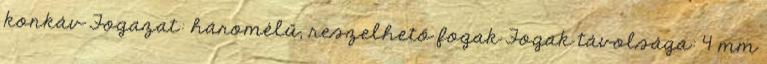
konkáv Fogazat: háromélű, reszelhető fogak Fogak távolsága: 4 mm